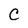
Character: C